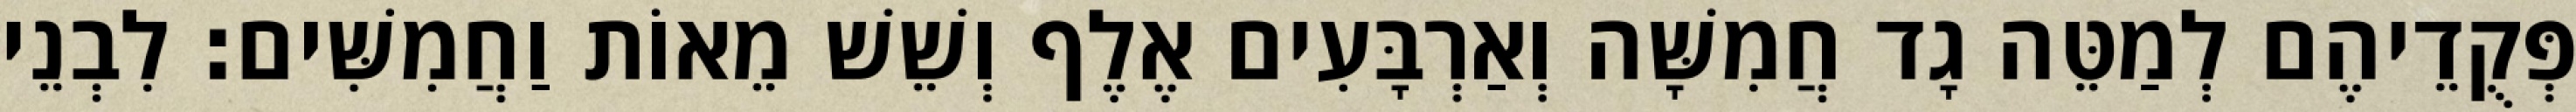
פְּקֻדֵיהֶם לְמַטֵּה גָד חֲמִשָּׁה וְאַרְבָּעִים אֶלֶף וְשֵׁשׁ מֵאוֹת וַחֲמִשִּׁים׃ לִבְנֵי